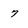
Character: 7